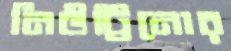
নিউট্রিনোর